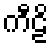
ကီဠိ